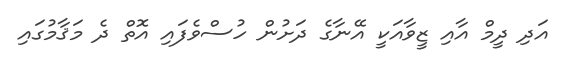
އަދި ދީމް އާއި ޒީވާއަކީ އޭނާގެ ދަށުން ހުސްވެފައި އޮތް ދެ މަޤާމުގައި